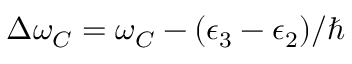
\Delta \omega _ { C } = \omega _ { C } - ( \epsilon _ { 3 } - \epsilon _ { 2 } ) / \hbar